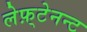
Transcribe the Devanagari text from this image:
लेफ़्टेनन्ट